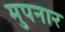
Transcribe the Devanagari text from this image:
मुपनार